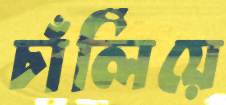
চাঁলিঁয়ে